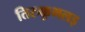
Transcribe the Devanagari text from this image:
तिरुक्कुभलइ